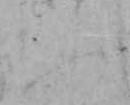
ふ